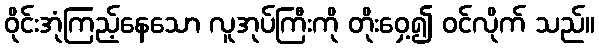
ဝိုင်းအုံကြည့်နေသော လူအုပ်ကြီးကို တိုးဝှေ့၍ ဝင်လိုက် သည်။